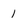
Character: I